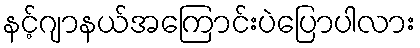
နင့်ဂျာနယ်အကြောင်းပဲပြောပါလား